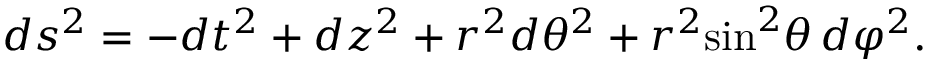
d s ^ { 2 } = - d t ^ { 2 } + d z ^ { 2 } + r ^ { 2 } d { \theta } ^ { 2 } + r ^ { 2 } { \sin } ^ { 2 } \theta \, d { \varphi } ^ { 2 } .